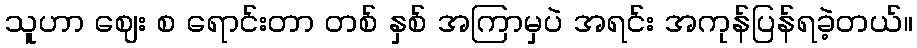
သူဟာ ဈေး စ ရောင်းတာ တစ် နှစ် အကြာမှပဲ အရင်း အကုန်ပြန်ရခဲ့တယ်။